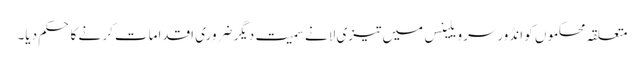
متعلقہ محکموں کو انڈورسرویلینس میں تیزی لانے سمیت دیگر ضروری اقدامات کر نے کا حکم دیا۔